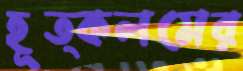
হূত্কলমের